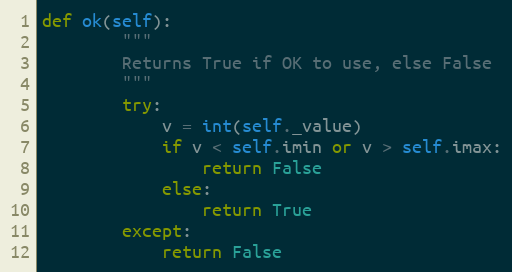
Language: Python
def ok(self):
        """
        Returns True if OK to use, else False
        """
        try:
            v = int(self._value)
            if v < self.imin or v > self.imax:
                return False
            else:
                return True
        except:
            return False